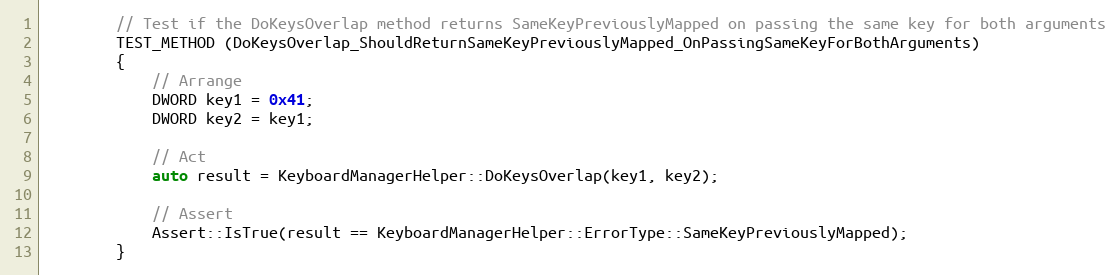
Language: C++
        // Test if the DoKeysOverlap method returns SameKeyPreviouslyMapped on passing the same key for both arguments
        TEST_METHOD (DoKeysOverlap_ShouldReturnSameKeyPreviouslyMapped_OnPassingSameKeyForBothArguments)
        {
            // Arrange
            DWORD key1 = 0x41;
            DWORD key2 = key1;

            // Act
            auto result = KeyboardManagerHelper::DoKeysOverlap(key1, key2);

            // Assert
            Assert::IsTrue(result == KeyboardManagerHelper::ErrorType::SameKeyPreviouslyMapped);
        }